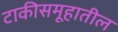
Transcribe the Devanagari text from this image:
टाकीसमूहातील